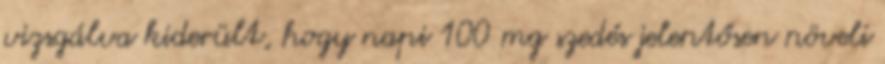
vizsgálva kiderült, hogy napi 100 mg szedés jelentősen növeli